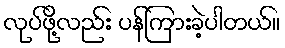
လုပ်ဖို့လည်း ပန်ကြားခဲ့ပါတယ်။